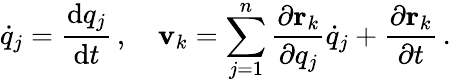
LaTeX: {\dot{q}}_{j}={\frac{\mathrm{d}q_{j}}{\mathrm{d}t}}\, ,\quad\mathbf{v}_{k}=\sum_{j=1}^{n}{\frac{\partial\mathbf{r}_{k}}{\partial q_{j}}}{\dot{q}}_{j}+{\frac{\partial\mathbf{r}_{k}}{\partial t}}\, .